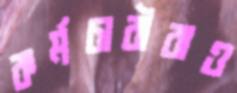
কর্মচারীরাও